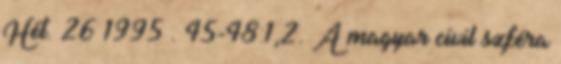
Hét. 26 1995 . 45-48:1,2. A magyar civil szféra